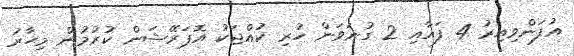
އުފަންވިއިރު 4 ފައާއި 2 ގުނަވަން ހުރި ކުއްޖަކު އޮޕަރޭޝަން ކުރުމުން މިހާރު